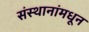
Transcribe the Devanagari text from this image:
संस्थानांमधून